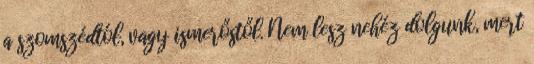
a szomszédtól, vagy ismerőstől. Nem lesz nehéz dolgunk, mert